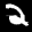
Label: 2